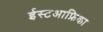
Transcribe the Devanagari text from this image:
ईस्टआफ्रिका